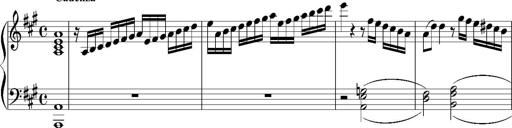
Title: 12 Sonatinas for Piano
Composer: Johann Baptist Vanhal